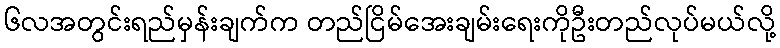
၆လအတွင်းရည်မှန်းချက်က တည်ငြိမ်အေးချမ်းရေးကိုဦးတည်လုပ်မယ်လို့